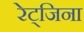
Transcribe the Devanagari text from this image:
रेट्जिना